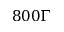
8 0 0 \Gamma